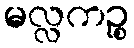
မလ္လကဉ္စ